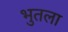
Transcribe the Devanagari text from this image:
भुतला